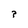
Character: 3